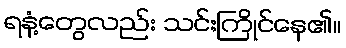
ရနံ့တွေလည်း သင်းကြိုင်နေ၏။